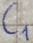
Text: C1